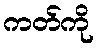
ကတ်ကို